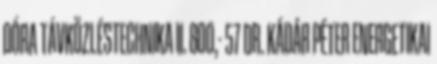
DÓRA TÁVKÖZLÉSTECHNIKA II. 800,- 57 DR. KÁDÁR PÉTER ENERGETIKAI